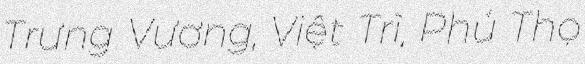
Trưng Vương, Việt Trì, Phú Thọ